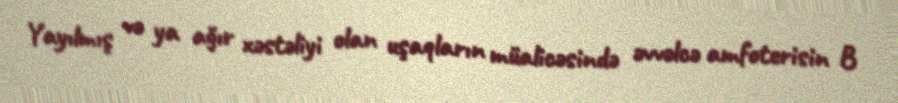
Yayılmış və ya ağır xəstəliyi olan uşaqların müalicəsində əvvəlcə amfoterisin B